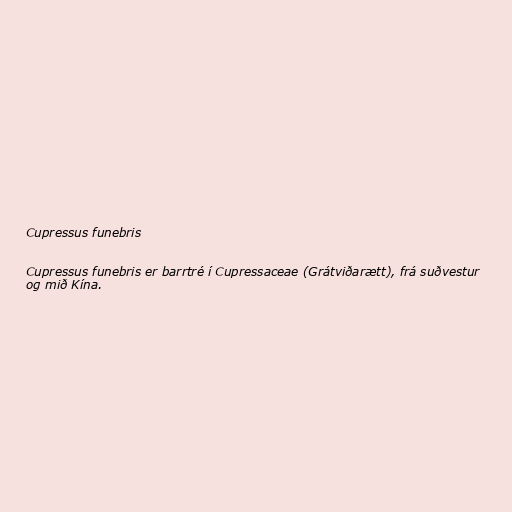
Cupressus funebris

Cupressus funebris er barrtré í Cupressaceae (Grátviðarætt), frá suðvestur
og mið Kína.